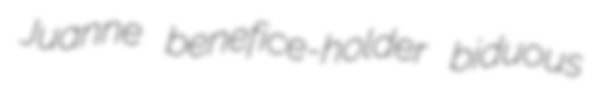
Juanne benefice-holder biduous